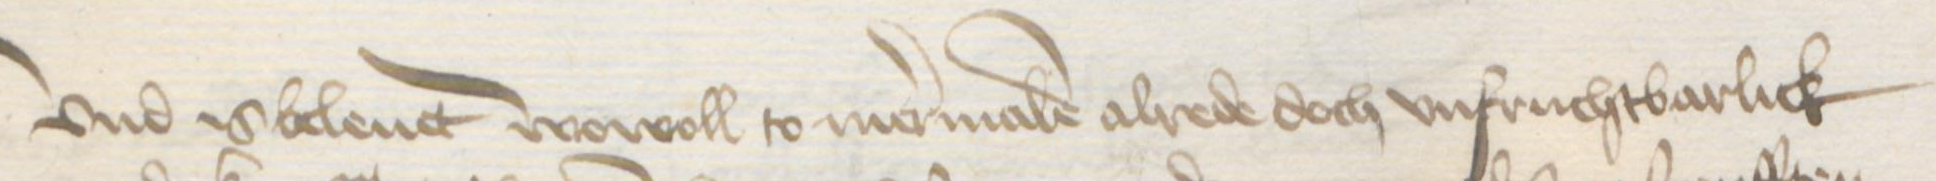
Transcription: Vnd is beleut wowoll to mermalen alrede doch unfruchtbarlick